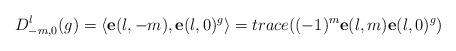
LaTeX: \begin{align*}D_{-m,0}^{l}(g)=\left\langle \mathbf{e}(l,-m),\mathbf{e}(l,0)^{g}\right\rangle=trace((-1)^{m}\mathbf{e}(l,m)\mathbf{e}(l,0)^{g})\end{align*}